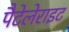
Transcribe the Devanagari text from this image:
पैटेलेराइट